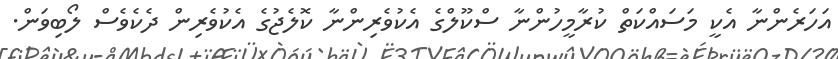
އަހަރެންނާ އެކީ މަސައްކަތް ކުރާމީހުންނާ ސްކޫލްގެ އެކުވެރިންނާ ކޮލެޖުގެ އެކުވެރިން ދެކެވެސް ލޯބިވަން.